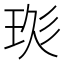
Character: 𤥍